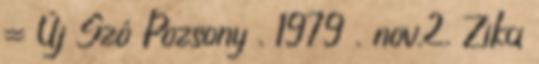
= Új Szó Pozsony . 1979 . nov.2. Zika